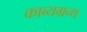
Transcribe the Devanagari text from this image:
काब्यग्रन्थ